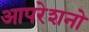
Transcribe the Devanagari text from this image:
आपरेशनो